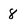
Character: 8